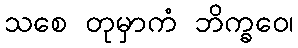
သစေ တုမှာကံ ဘိက္ခဝေ၊